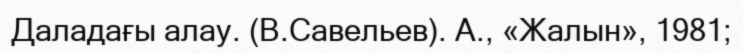
Даладағы алау. (В.Савельев). А., «Жалын», 1981;